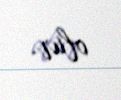
olur.